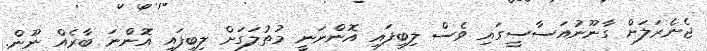
ޖެނެރަލަށް ގާނޫނުއަސާސީގައި ވެސް ލިބިފައި އޮންނަނީ މުތުލަގަށް ލިބިފައި އޮންނަ ބާރެއް ނޫން.